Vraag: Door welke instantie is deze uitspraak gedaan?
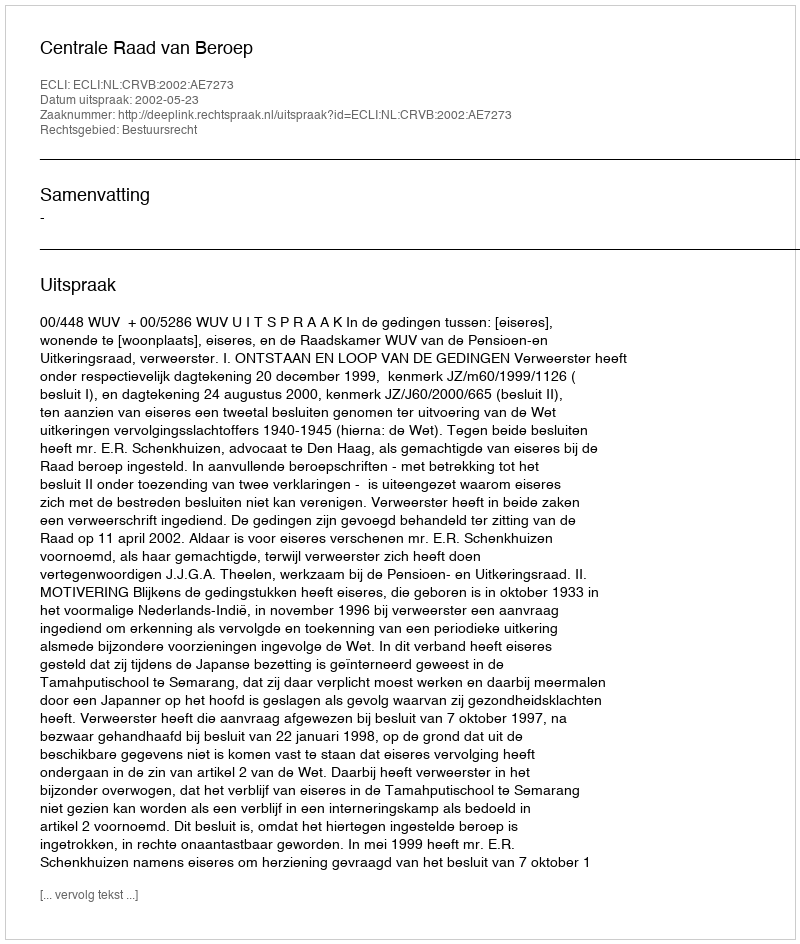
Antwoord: Centrale Raad van Beroep